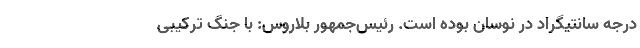
درجه سانتیگراد در نوسان بوده است. رئیس‌جمهور بلاروس: با جنگ ترکیبی